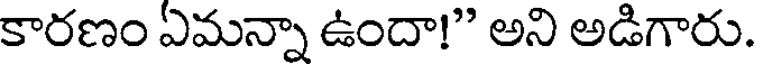
కారణం ఏమన్నా ఉందా!" అని అడిగారు.